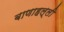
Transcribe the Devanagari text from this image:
बाणाहल्ली